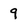
Character: 9